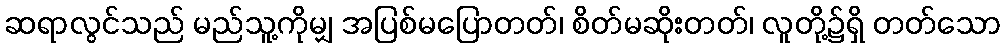
ဆရာလွင်သည် မည်သူ့ကိုမျှ အပြစ်မပြောတတ်၊ စိတ်မဆိုးတတ်၊ လူတို့၌ရှိ တတ်သော